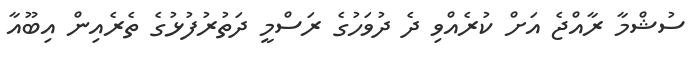
ސުޝްމާ ރާއްޖެ އަށް ކުރެއްވި ދެ ދުވަހުގެ ރަސްމީ ދަތުރުފުޅުގެ ތެރެއިން އިބޫއާ